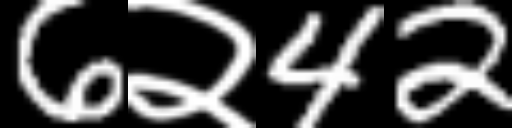
Text: 6२42